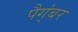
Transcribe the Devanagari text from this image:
पैग्ंबर